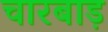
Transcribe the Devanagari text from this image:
चारबाड़